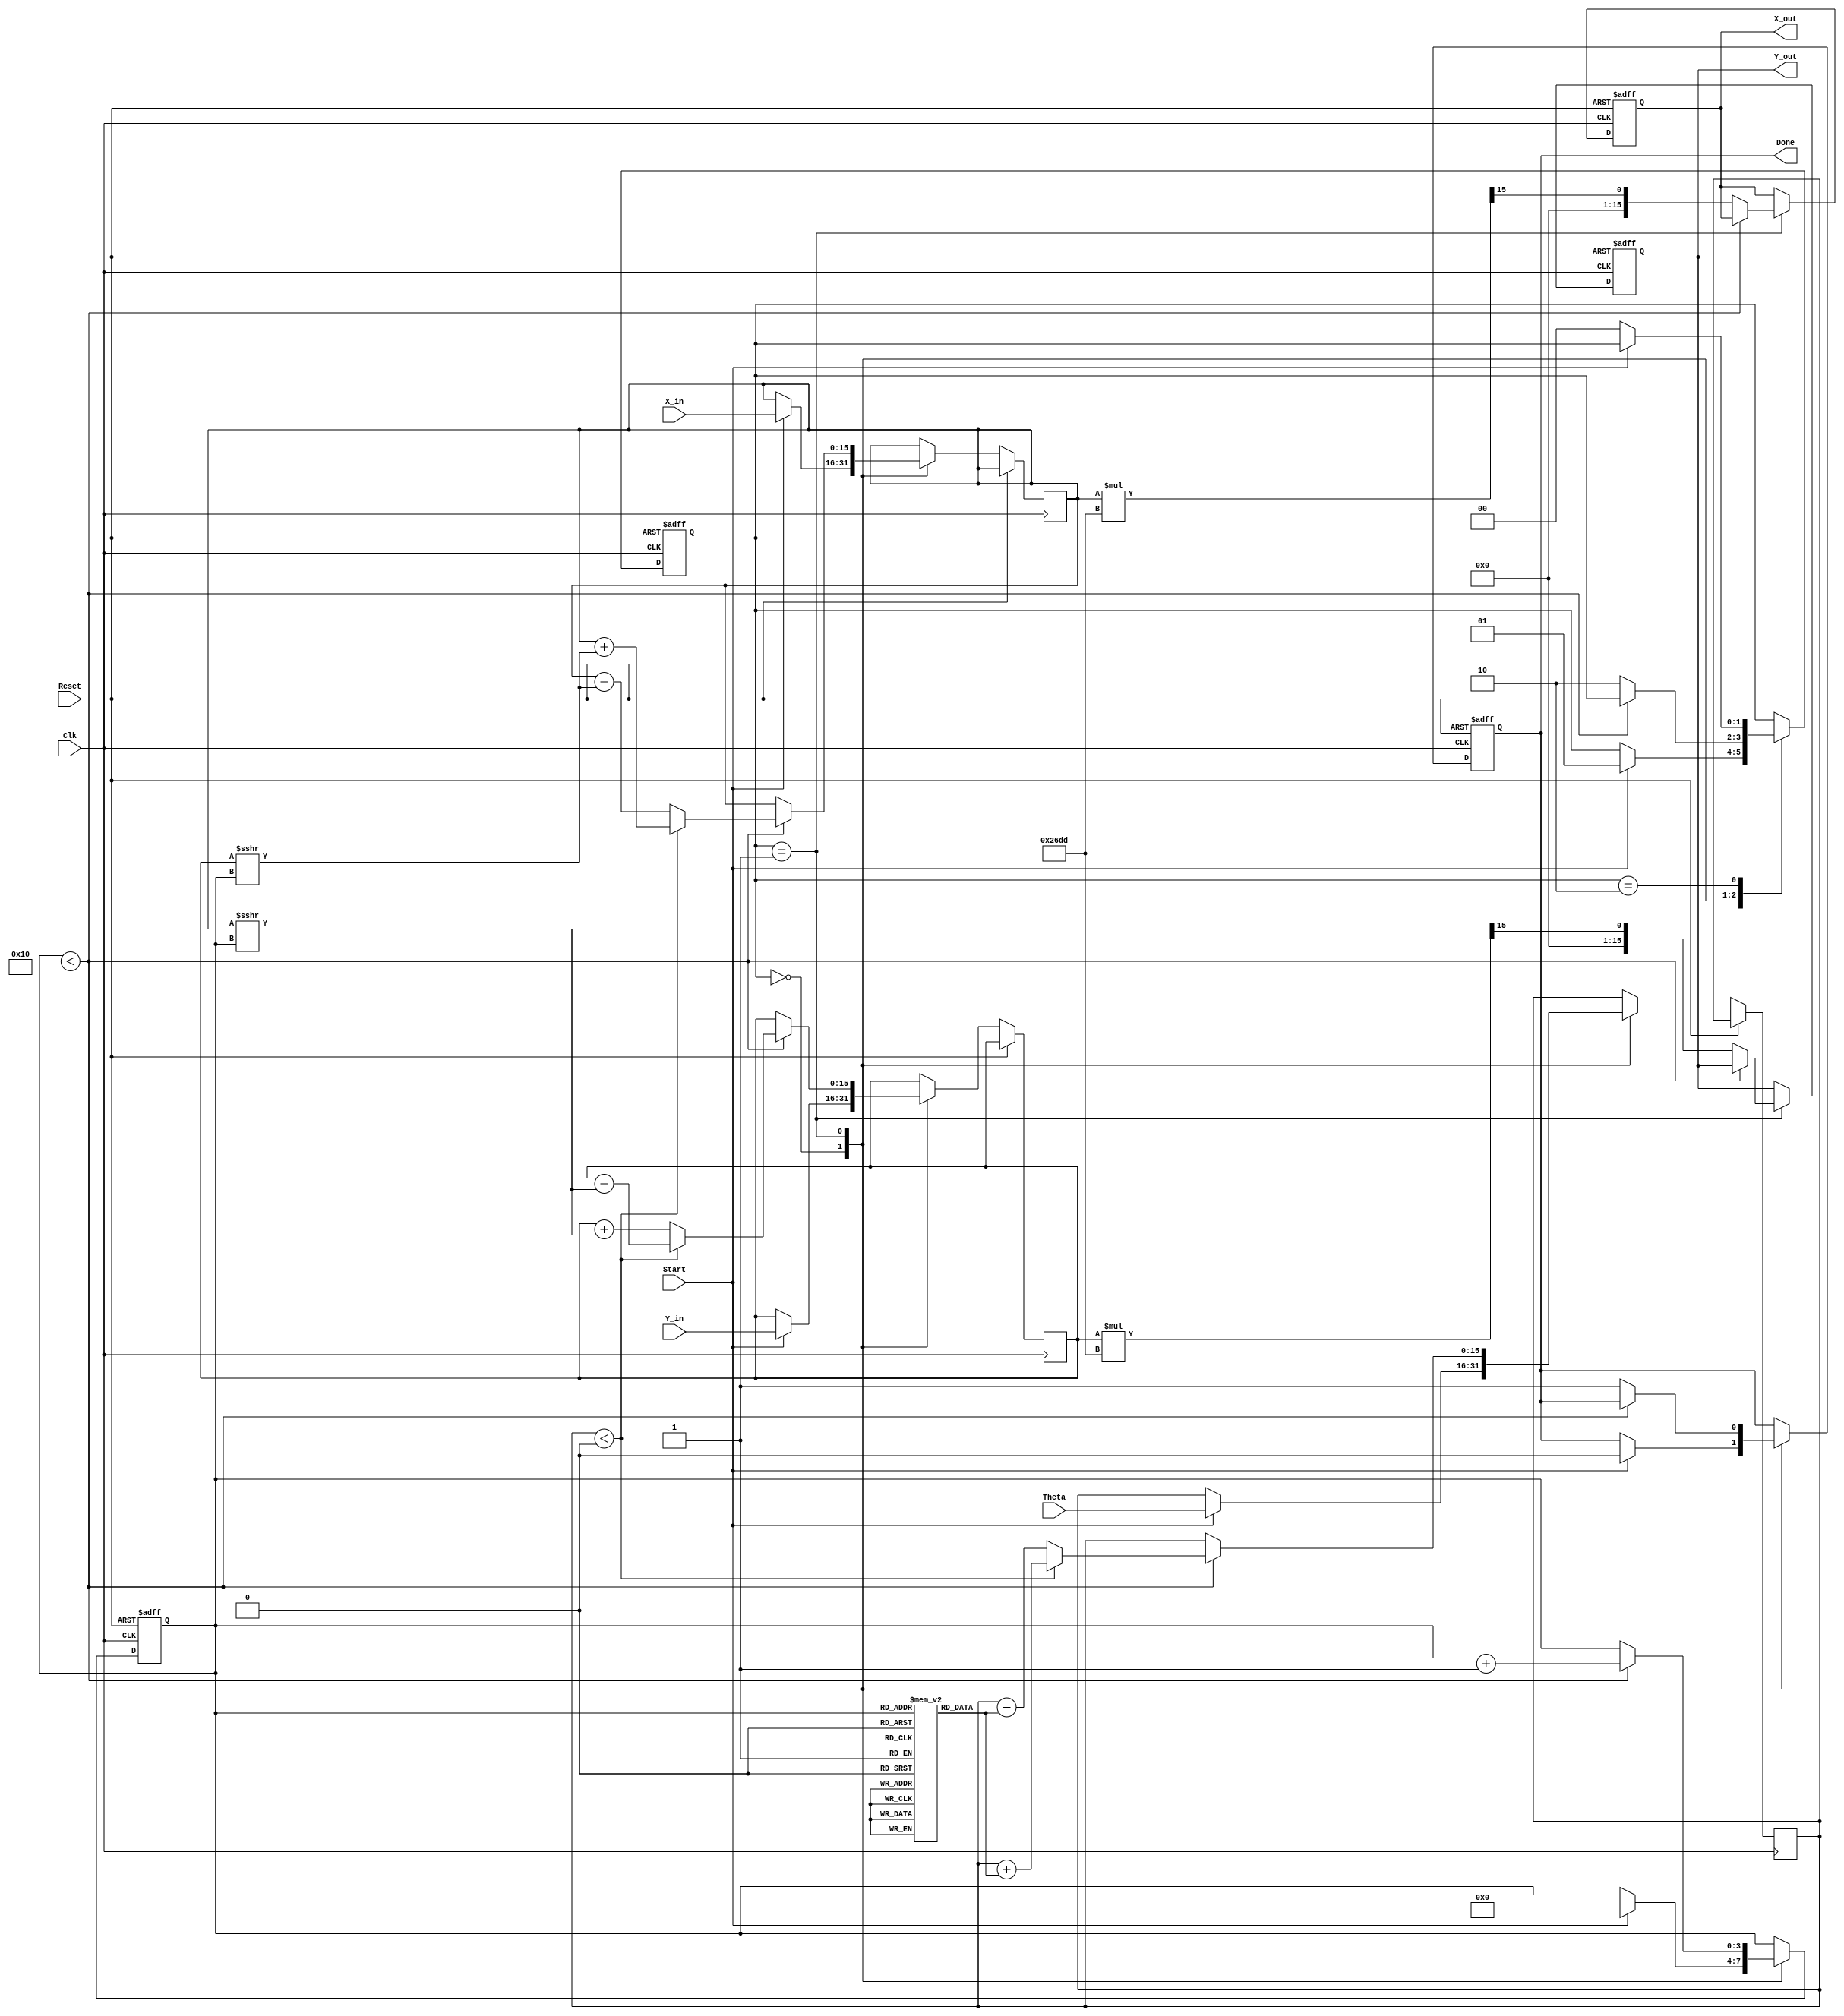
module cordic_2d (
    input wire signed [15:0] X_in,      // Input x-coordinate (fixed-point)
    input wire signed [15:0] Y_in,      // Input y-coordinate (fixed-point)
    input wire signed [15:0] Theta,      // Input angle of rotation (fixed-point)
    input wire Start,                    // Control signal to start computation
    input wire Clk,                      // Clock signal
    input wire Reset,                    // Asynchronous reset
    output reg signed [15:0] X_out,     // Output x-coordinate after rotation
    output reg signed [15:0] Y_out,     // Output y-coordinate after rotation
    output reg Done                      // Signal indicating computation completion
);

    // Internal registers
    reg signed [15:0] X_reg;
    reg signed [15:0] Y_reg;
    reg signed [15:0] Theta_reg;
    reg [3:0] Iteration_count;            // Counter for iterations
    reg [1:0] state;                      // State for FSM

    // State definitions
    localparam IDLE = 2'b00;
    localparam COMPUTE = 2'b01;
    localparam DONE_STATE = 2'b10;

    // CORDIC gain (fixed-point representation)
    localparam CORDIC_GAIN = 16'h26DD; // Approximation of 1/sqrt(1 + K^2)

    // Angle lookup table
    reg signed [15:0] atan_table [0:15];
    initial begin
        atan_table[0] = 16'h2000; // atan(2^0) = 0.7854 (in fixed-point)
        atan_table[1] = 16'h1333; // atan(2^-1) = 0.4636 (in fixed-point)
        atan_table[2] = 16'h0A3D; // atan(2^-2) = 0.2449 (in fixed-point)
        atan_table[3] = 16'h0524; // atan(2^-3) = 0.1244 (in fixed-point)
        atan_table[4] = 16'h028B; // atan(2^-4) = 0.0624 (in fixed-point)
        atan_table[5] = 16'h0142; // atan(2^-5) = 0.0312 (in fixed-point)
        atan_table[6] = 16'h00A1; // atan(2^-6) = 0.0156 (in fixed-point)
        atan_table[7] = 16'h0051; // atan(2^-7) = 0.0078 (in fixed-point)
        atan_table[8] = 16'h0028; // atan(2^-8) = 0.0039 (in fixed-point)
        atan_table[9] = 16'h0014; // atan(2^-9) = 0.0019 (in fixed-point)
        atan_table[10] = 16'h000A; // atan(2^-10) = 0.00098 (in fixed-point)
        atan_table[11] = 16'h0005; // atan(2^-11) = 0.00049 (in fixed-point)
        atan_table[12] = 16'h0003; // atan(2^-12) = 0.00025 (in fixed-point)
        atan_table[13] = 16'h0002; // atan(2^-13) = 0.00012 (in fixed-point)
        atan_table[14] = 16'h0001; // atan(2^-14) = 0.00006 (in fixed-point)
        atan_table[15] = 16'h0001; // atan(2^-15) = 0.00003 (in fixed-point)
    end

    // FSM for controlling the CORDIC process
    always @(posedge Clk or posedge Reset) begin
        if (Reset) begin
            state <= IDLE;
            Done <= 0;
            Iteration_count <= 0;
            X_out <= 0;
            Y_out <= 0;
        end else begin
            case (state)
                IDLE: begin
                    if (Start) begin
                        // Initialize registers
                        X_reg <= X_in;
                        Y_reg <= Y_in;
                        Theta_reg <= Theta;
                        Iteration_count <= 0;
                        Done <= 0;
                        state <= COMPUTE;
                    end
                end
                COMPUTE: begin
                    if (Iteration_count < 16) begin
                        // CORDIC rotation logic
                        if (Theta_reg < 0) begin
                            // Rotate clockwise
                            X_reg <= X_reg + (Y_reg >>> Iteration_count);
                            Y_reg <= Y_reg - (X_reg >>> Iteration_count);
                            Theta_reg <= Theta_reg + atan_table[Iteration_count];
                        end else begin
                            // Rotate counter-clockwise
                            X_reg <= X_reg - (Y_reg >>> Iteration_count);
                            Y_reg <= Y_reg + (X_reg >>> Iteration_count);
                            Theta_reg <= Theta_reg - atan_table[Iteration_count];
                        end
                        Iteration_count <= Iteration_count + 1;
                    end else begin
                        // Finish computation
                        X_out <= X_reg * CORDIC_GAIN >>> 15; // Scale output
                        Y_out <= Y_reg * CORDIC_GAIN >>> 15; // Scale output
                        Done <= 1;
                        state <= DONE_STATE;
                    end
                end
                DONE_STATE: begin
                    if (!Start) begin
                        state <= IDLE; // Go back to IDLE state
                    end
                end
            endcase
        end
    end

endmodule